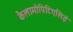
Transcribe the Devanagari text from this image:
कैलामोपिटिएसिई